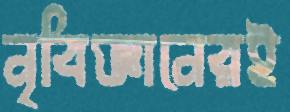
নৃবিজ্ঞানেরই